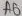
Text: A0